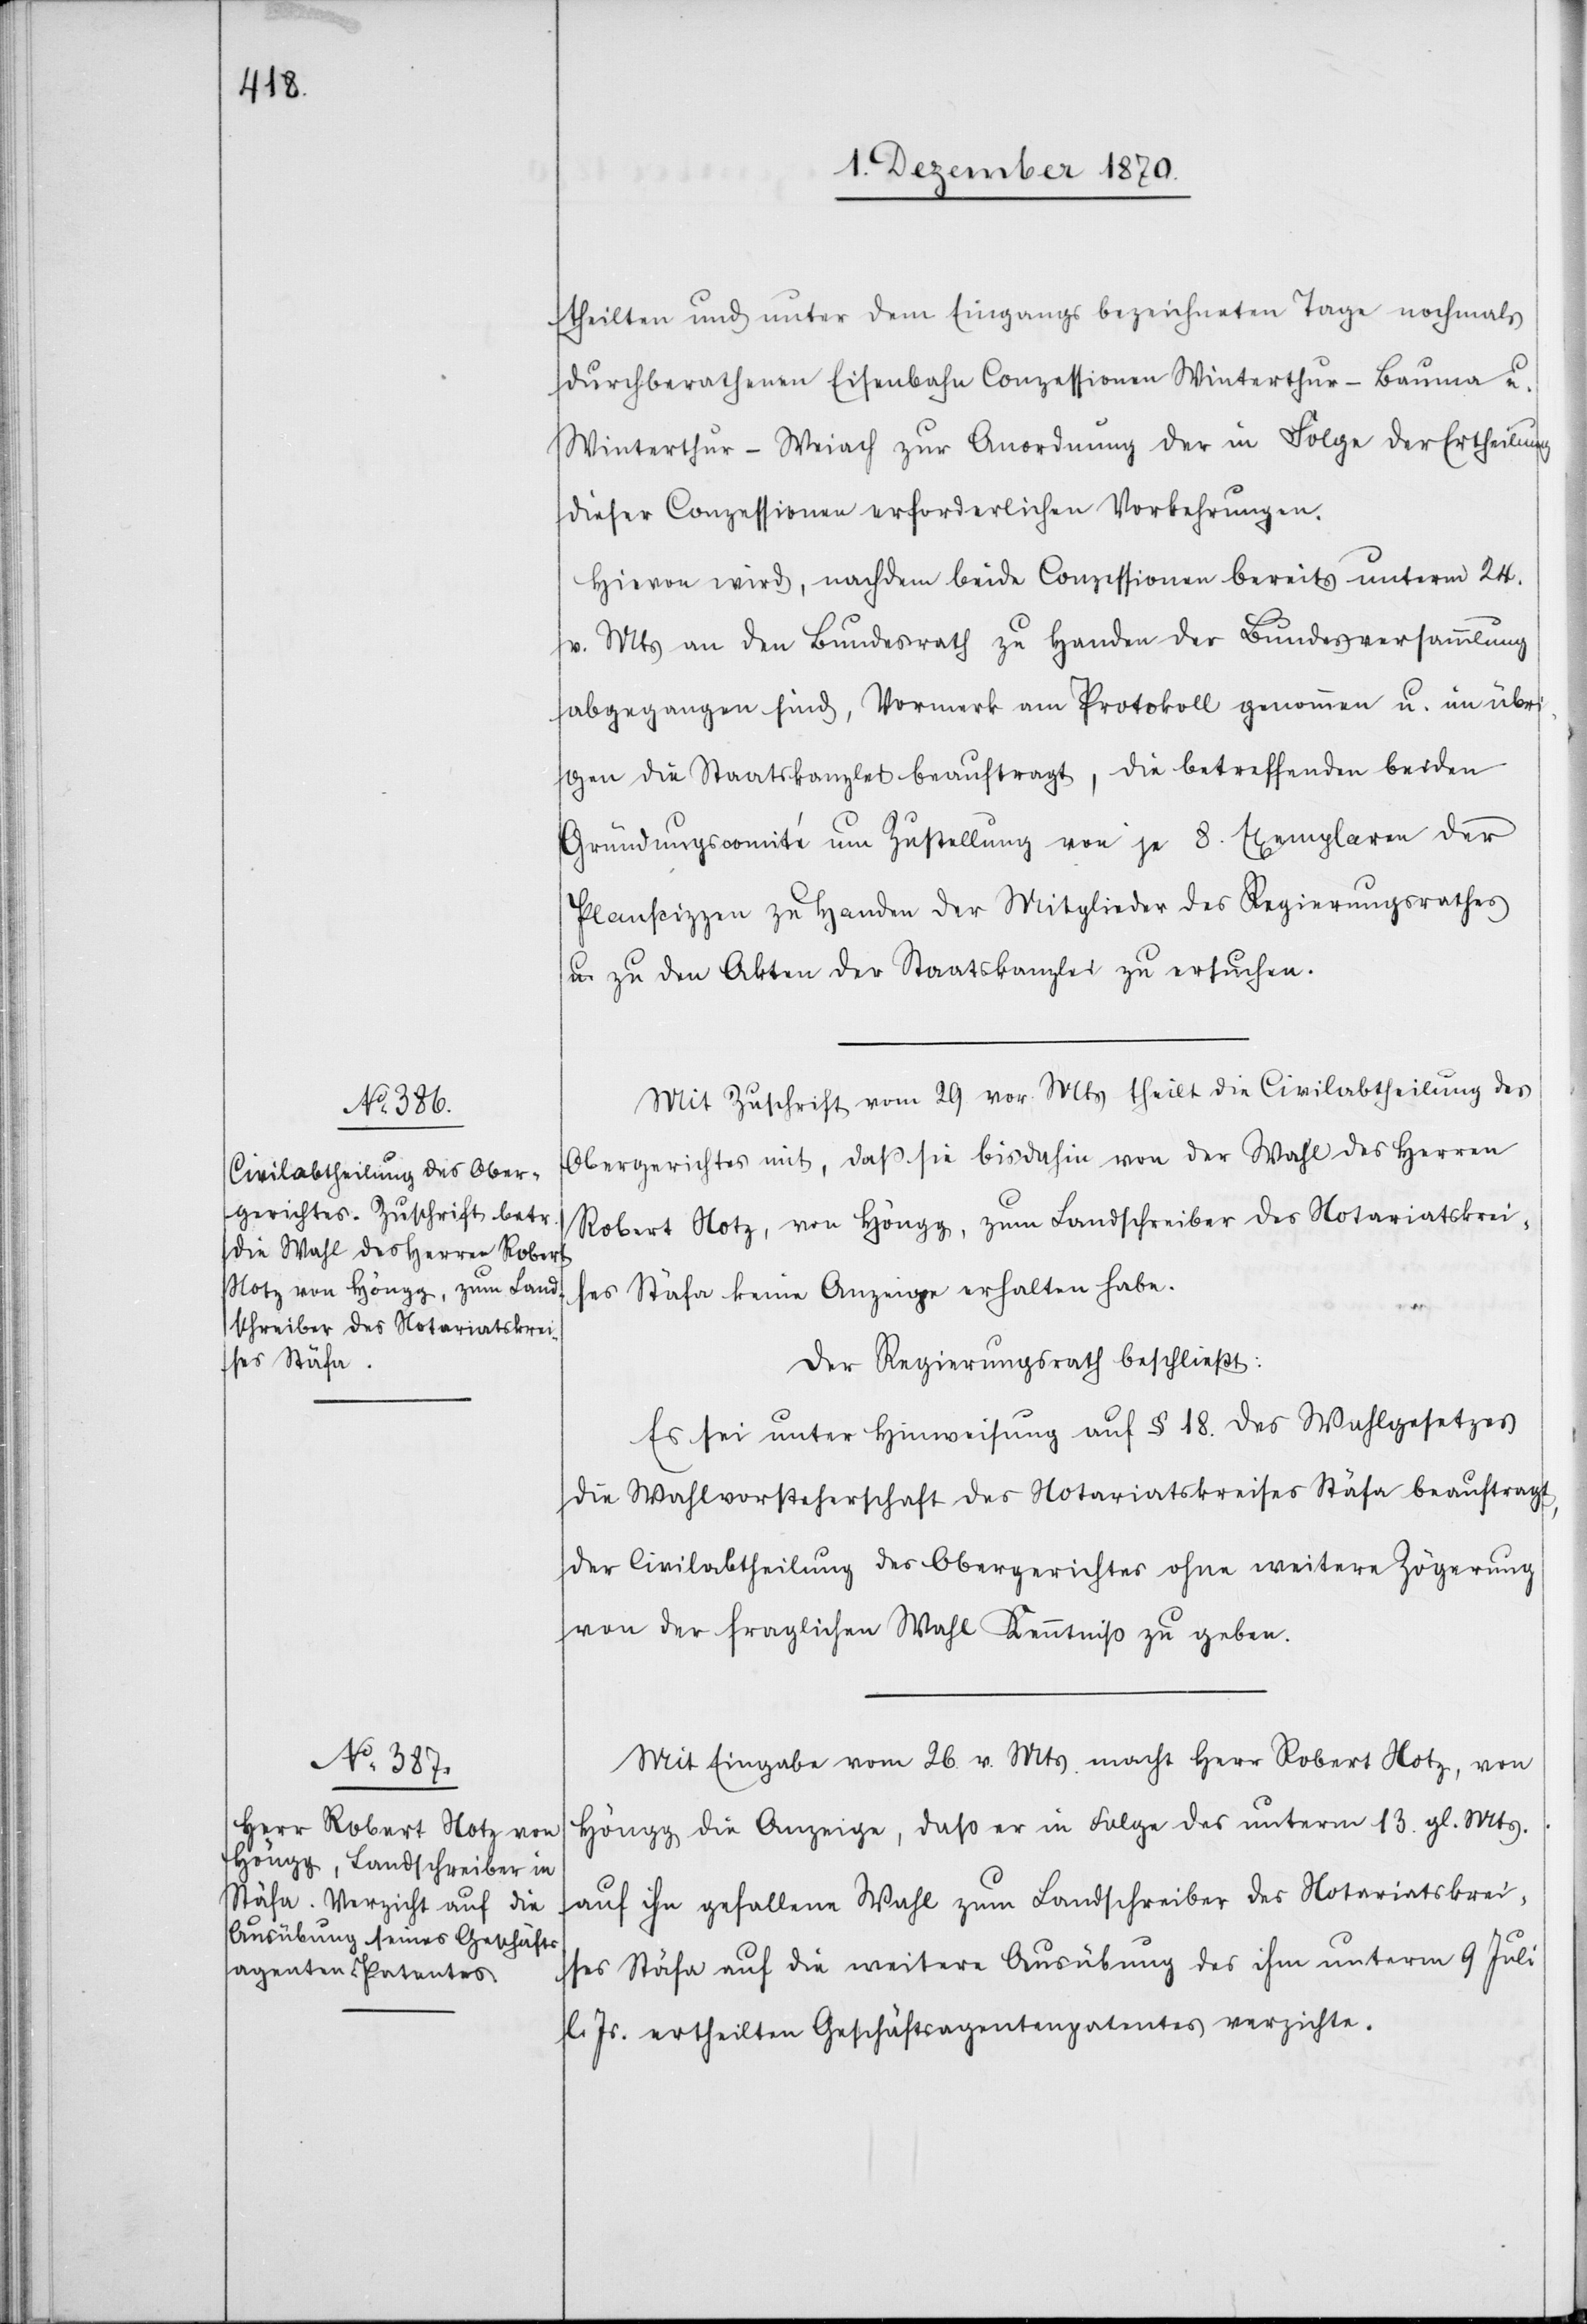
theilten und unter dem Eingangs bezeichneten Tage nochmals
durchberathenen Eisenbahn Conzessionen Winterthur–Bauma u.
Winterthur–Weiach zur Anordnung der in Folge der Ertheilung
dieser Conzessionen erforderlichen Vorkehrungen.
Hievon wird, nachdem beide Conzessionen bereits unterm 24.
v. Mts an den Bundesrath zu Handen der Bundesversammlung
abgegangen sind, Vormerk am Protokoll genommen u. im übri¬
gen die Staatskanzlei beauftragt, die betreffenden beiden
Gründungscomité um Zustellung von je 8. Exemplaren der
Planscizzen zu Handen der Mitglieder des Regierungsrathes
u. zu den Akten der Staatskanzlei zu ersuchen.
Mit Zuschrift vom 29. vor. Mts theilt die Civilabtheilung des
Obergerichtes mit, daß sie bis dahin von der Wahl des Herren
Robert Notz, von Höngg, zum Landschreiber des Notariatskreis¬
es Stäfa keine Anzeige erhalten habe.
Der Regierungsrath beschließt:
Es sei unter Hinweisung auf § 18 des Wahlgesetzes
die Wahlvorsteherschaft des Notariatskreises Stäfa beauftragt,
der Civilabtheilung des Obergerichtes ohne weitere Zögerung
von der fraglichen Wahl Kenntniß zu geben.
Mit Eingabe vom 26. v. Mts macht Herr Robert Notz, von
Höngg die Anzeige, daß er in Folge der unterm 13. gl. Mts.
auf ihn gefallenen Wahl zum Landschreiber des Notariatskrei¬
ses Stäfa auf die weitere Ausübung des ihm unterm 9 Juli
l. Js. ertheilten Geschäftsagentenpatentes verzichte.